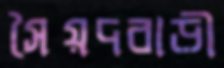
সৈয়দবাড়ী